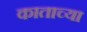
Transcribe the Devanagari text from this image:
काताच्या